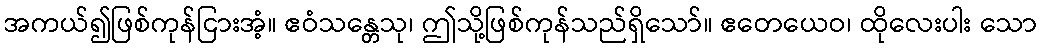
အကယ်၍ဖြစ်ကုန်ငြားအံ့။ ဧဝံသန္တေသု၊ ဤသို့ဖြစ်ကုန်သည်ရှိသော်။ ဧတေယေဝ၊ ထိုလေးပါး သော